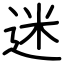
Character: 迷